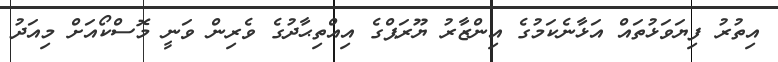
އިތުރު ފިޔަވަޅުތައް އަޅާނެކަމުގެ އިންޒާރު ޔޫރަޕްގެ އިއްތިޙާދުގެ ވެރިން ވަނީ މޮސްކޯއަށް މިއަދު